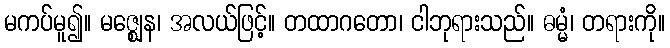
မကပ်မူ၍။ မဇ္ဈေန၊ အလယ်ဖြင့်။ တထာဂတော၊ ငါဘုရားသည်။ ဓမ္မံ၊ တရားကို။